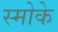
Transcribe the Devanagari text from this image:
स्मोके